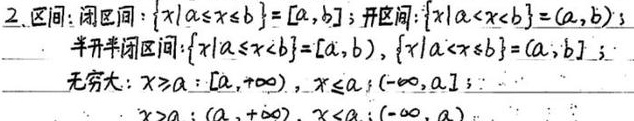
2. 区间：
   - 闭区间：\(\{x\mid a\leq x\leq b\}=[a,b]\)；
   - 开区间：\(\{x\mid a < x < b\}=(a,b)\)；
   - 半开半闭区间：\(\{x\mid a\leq x < b\}=[a,b)\)，\(\{x\mid a < x\leq b\}=(a,b]\)；
   - 无穷大：\(x\geq a\)时表示为\([a,+\infty)\)，\(x\leq a\)时表示为\((-\infty,a]\)；\(x > a\)时表示为\((a,+\infty)\)，\(x < a\)时表示为\((-\infty,a)\)。